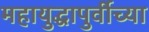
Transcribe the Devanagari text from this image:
महायुद्धापुर्वीच्या